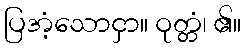
ပြအံ့သောငှာ။ ဝုတ္တံ၊ ၏။